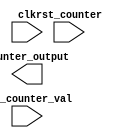
module counter #(
    parameter N = 4,
    parameter RATE_HZ = 1
) (
    input clk,
    input rst_counter,
    input [N-1:0] rst_counter_val,
    output [N-1:0] counter_output
);

    //TODO : Your code

endmodule